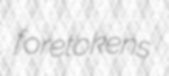
foretokens